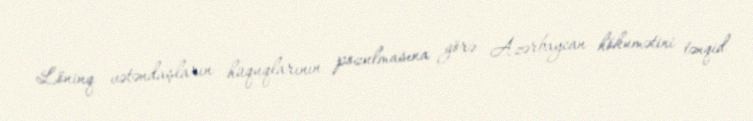
Löninq vətəndaşların hüquqlarının pozulmasına görə Azərbaycan hökumətini tənqid